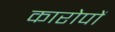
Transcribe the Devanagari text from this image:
कारोपों